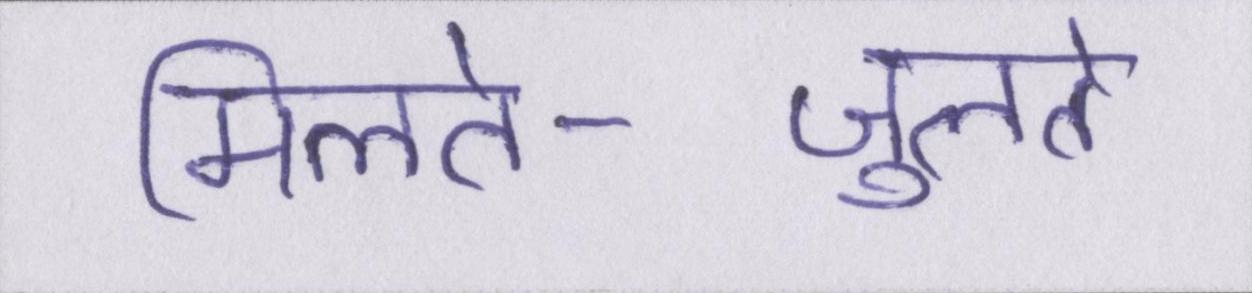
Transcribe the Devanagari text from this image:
मिलते-जुलते